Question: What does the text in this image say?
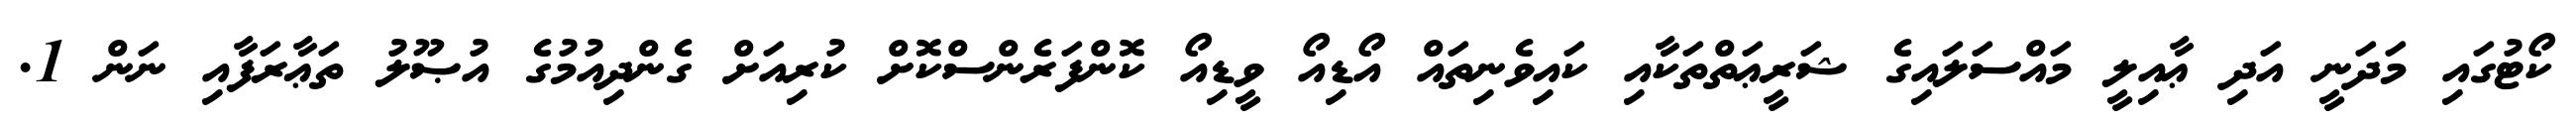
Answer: ކޯޓުގައި މަދަނީ އަދި ޢާއިލީ މައްސަލައިގެ ޝަރީޢަތްތަކާއި ކައިވެނިތައް އޯޑިއޯ ވީޑިއޯ ކޮންފަރެންސްކޮށް ކުރިއަށް ގެންދިއުމުގެ އުޞޫލު ތަޢާރަފާއި ނަން 1.